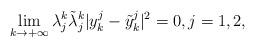
LaTeX: \begin{align*}\lim_{k\to +\infty}\lambda^k_j\tilde{\lambda}^k_j|y_k^j - \tilde{y}_k^j|^2 = 0, j = 1, 2,\end{align*}